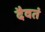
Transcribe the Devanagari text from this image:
दैवतं